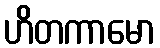
ဟိတကာမော